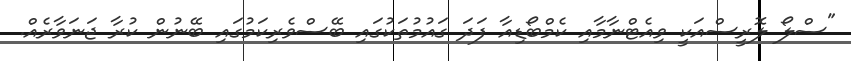
"ސްލޯ ލޮރީސްއަކީ ވިއެޓްނާމާއި ކެމްބޯޑިއާ ފަދަ ގައުމުތަކުގައި ބޭސްވެރިކަމުގައި ބޭނުން ކުރާ ޖަނަވާރެއް.